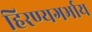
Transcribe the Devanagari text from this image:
हिरण्यगर्भाय